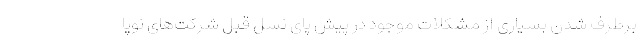
برطرف شدن بسیاری از مشکلات موجود در پیش پای نسل قبل شرکت‌های نوپا